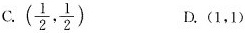
C.(\frac{1}{2}, \frac{1}{2}) D.(1，1)